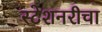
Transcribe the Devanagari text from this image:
स्टेशनरीचा